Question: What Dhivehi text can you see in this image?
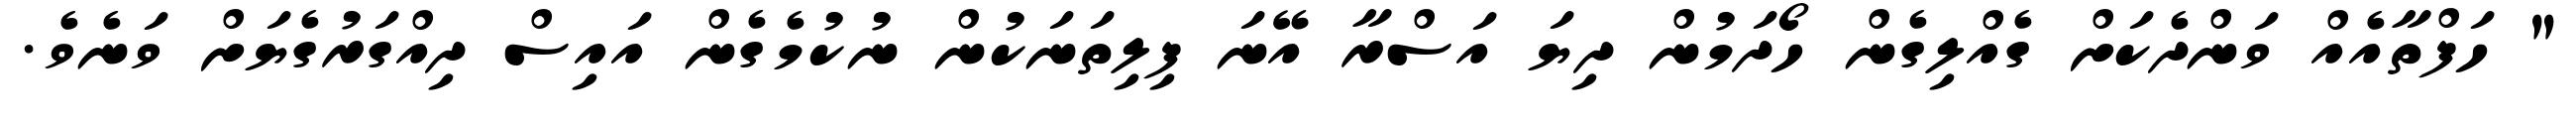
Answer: " ހަފްތާއެއް ވަންދެކަށް ގެއްލިގެން ހޯދަމުން ދިޔަ އަސްރާ އޭނަ ފިލިތަނަކުން ނުކުމެގެން އައިސް ދިއްގަރުގެޔަށް ވަނެވެ.